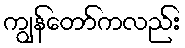
ကျွန်တော်ကလည်း